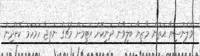
ވެލެންސިއާ އަތުން މާޒިޔާ ބަލިވާން ދަނިކޮށް އެޓީމަށް މެޗުގެ ނަތީޖާ ހަމަހަމަ ކޮށްދިން